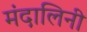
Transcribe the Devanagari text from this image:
मंदालिनी